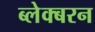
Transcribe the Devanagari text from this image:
ब्लेक्बरन